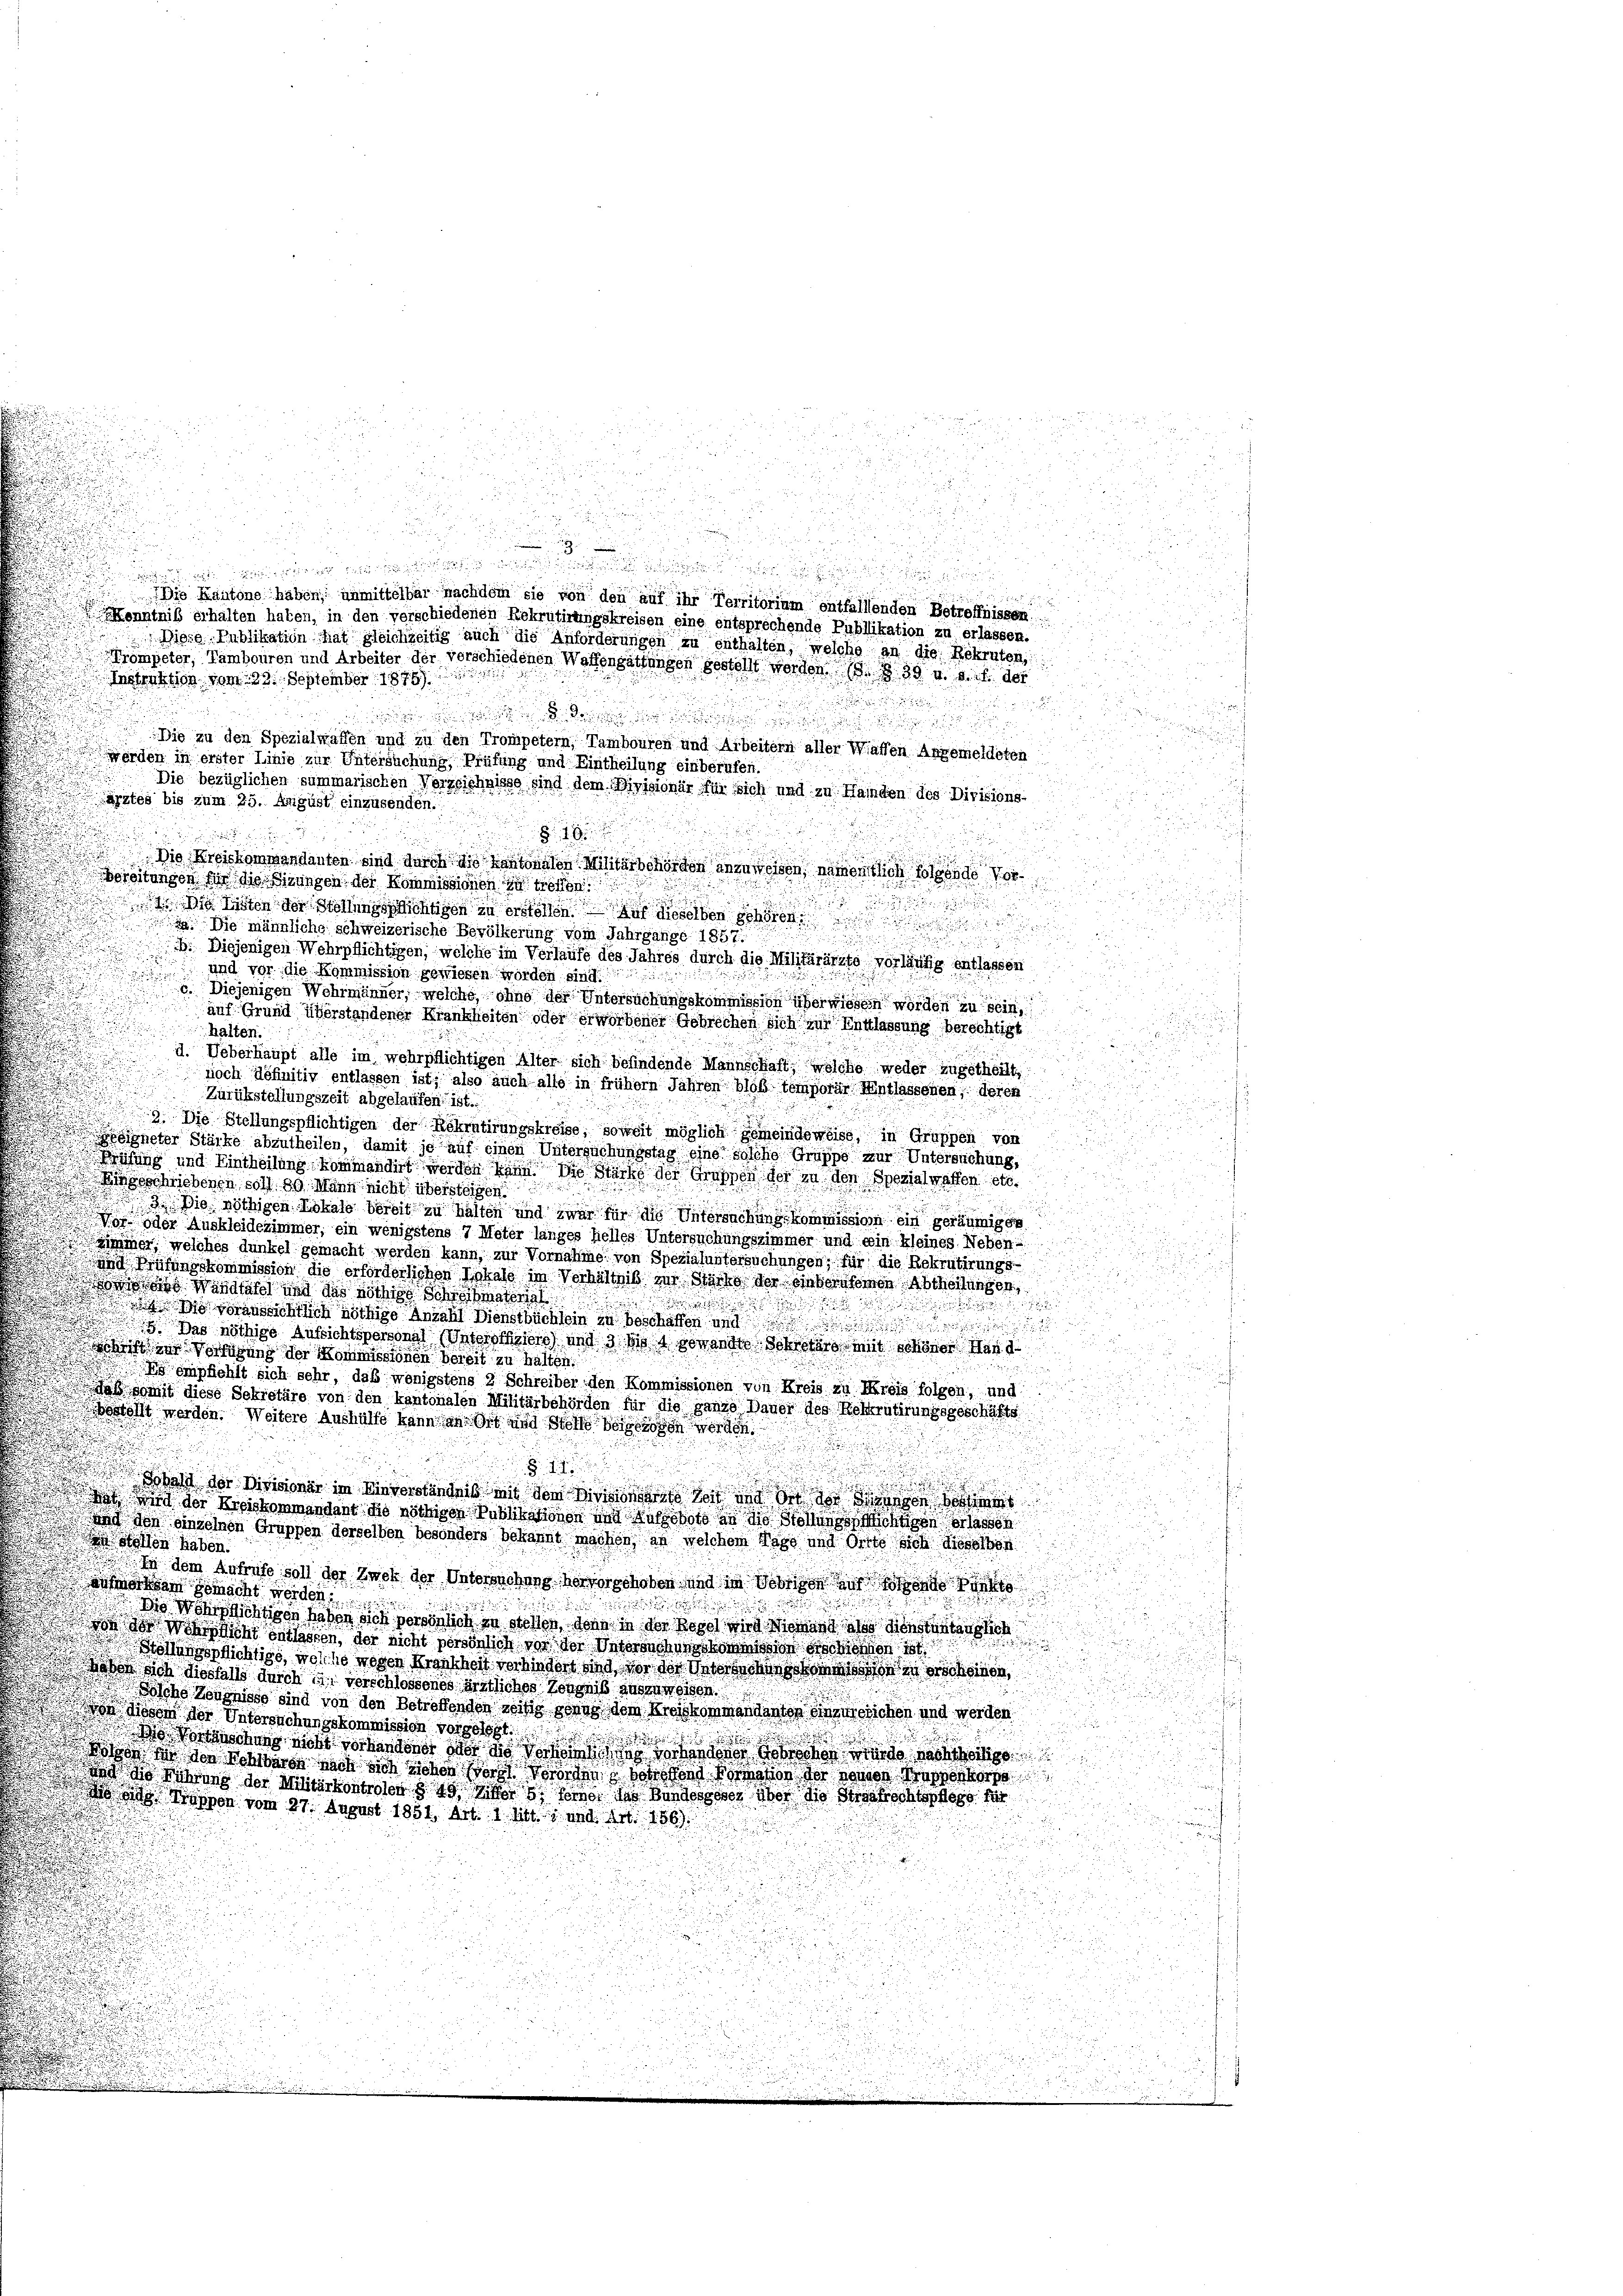
d

8

.

Instruktion von 22. September 1895

a

Die zu den Spezialwaffen und zu den Trompetern, Tambouren und Arbeitern aller Waffen Angemeldeten
werden in erster Linie zur Untersuchung, Prüfung und Eintheilung einberufen.

ärztes bis zum 25. August einzusenden.

1

Die Kreiskommandanten sind durch die Kantonalen Militärbehörden anzuweisen, namentlich folgende Vord
Vereitungen für die Firungen der Kommissionen zu treffen

a Listen der Stollings nichtigen in er der selben schönen
 Die männliche schweizerische Bevölkerung vom Jahrgange 1857.
.
u
e
b. Diejenigen Wehrpflichtigen, welche im Verlaufe des Jahres durch die Militärärito vorläufig entlassen
und vor die Kommission gewiesen worden sind.

Diejenigen Wehrmänner, welche, ohne der Untersuchungskommission überwiesen worden zu sein,
auf Grund überstandener Krankheiten oder erworbener Gebrechen sich zur Entlassung berechtigt
halten.

Ueberhaupt alle im wehrpflichtigen Alter sich befindende Mannschaft, welche weder zugetheilt,
.
e
noch definitiv entlassen ist; also auch alle in frühern Jahren bloß temporär Entlassenen, deren
Zurückstellungszeit abgelaufen ist.
9. Die Stellungspflichtigen der Rekrutirungskreise, soweit möglich gemeindeweise, in Gruppen von
geeigneter Stärke abzutheilen, damit je auf einen Untersuchungstag eine solche Gruppe nur Untersuchung,
ühung und Eintheilung kommandirt werden sich so starke der Gruppen der zu den Spezialwaffen etc.

.
geschriebenen soll 29. Mann nicht übersteigen
3. Die nöthigen Lokale bereit zu halten und zwar für die Untersuchung, kommission ein geräumigen
Vor oder Auskleidezimmer, ein wenigstens 7 Meter langes hielles Untersuchungszimmer und ein kleines Neben-
nzimmer, welches dunkel gemacht werden kann, zur Vornahme von Spezialuntersuchungen, für die Rekrutirungs-
und Prüfungskommission die erforderlichen Khals im Verhältnis zur Stärke der Inberufenen Abtheilungen
n
 Wandtafel und das nöthige Schreibmaterial
i
 io vorausrichtlich nöthige Anzahl Dienstbüchlein in beschaffen und

 Das nöthige Aufsichtspersonal (Unterschiers und 3. bis 4 gewandte Schreter mit schöner Hand

hitt zur Verfügung der Kommissionen bereit zu halten.
g empfiehlt sich sehr, daß wenigstens 2 Schreiber den Kommissionen von Kreis zu Kreis folgen, und
daß, somit diese Sekretäre von den kantonalen Militärbehörden für die ganze Dauer des Rekrutirungsgeschäfts
i
ostolt werden. Weitere Aushülfe kann an Ort und Stelle beigezogen worden
u

.
u
Sobald der Divisionar im Winterständnis mit dem Divisionsste Zeit und in der Hungen vom
 hat wird der Kreiskommendant die nöthigen Publikationen und Aufgebote an die Stellungsprichtigen erlassen
n und den einzelnen Gruppen derselben besonders bekannt machen, an welchem Tage und Orte sich dieselben
stollen haben.
u
.
 in dem Antrafe soll der Buch der Untersuchung hervorschoben und in Dobriger auf folgende
de aufmerksam gemacht worden.

Die Wehrlichtigen haben sich persönlich zu stellen, denn in der Regel wird Niemand als dienstunlänglich
 des Wehrlicht entlassen, der nicht persönlich vor der Untersuchungskommission erschienen ist.
 Donnerlichtige, welche woher Wahrheit verhindet hat der der Weise er
haben sich diesfalls durch in verschlossenes ärztliches Zeugniß auszuweisen.
sche Kanonis sind von den Betreffenden wills das dem Weiskommendiaten eingesichen und werden.
 gien der Untersuchungskommission vorgelegt.
.

die Vortäuschung nicht vorhandenen oder so doch vorhandenen Gebrechen wurde nachheitige
otion der den Wohlbaren nach sich ziehen Worte Verordnung betreffend Formation der nennen Truppenkorpo
und die Führung der Militärkontrolen § 49 litter 5. Ferner das Bundesgeser über die Strafrechtspflege für
.
 od. Truppen vom 27. August 1851, Art. 1 litt. 1 und Art. 156).

.

Die Kantone haben, unmittelbar nachdem sie von den auf ihr Territorium entfallenden Betreffnissen.
Kenntniß erhalten haben, in den verschiedenen Rekrutirungskreisen eine entsprechende Publikation zu erlassen.
Diese Publikation hat gleichzeitig auch die Anforderungen zu enthalten, welche an die Rekruten,
Krompeter, Tambouren und Arbeiter der verschiedenen Waffengattungen gestellt werden (S. 339 u. s. f. der

Die bezüglichen summarischen Vorzeichnisse sind dem Nivisionär für sich und zu Handen des Divisions-

.
u
u